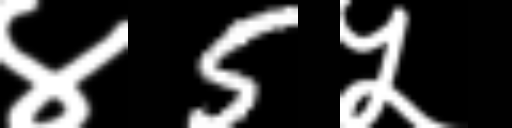
Text: ४5५